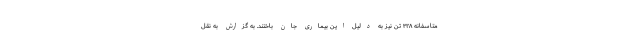
متاسفانه ۳۲۸ تن نیز به دلیل این بیماری جان باختند. به گزارش به نقل